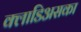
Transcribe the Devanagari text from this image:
क्लाडिअसका